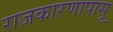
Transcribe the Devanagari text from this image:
राजकारणापासू